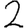
Digit: 2